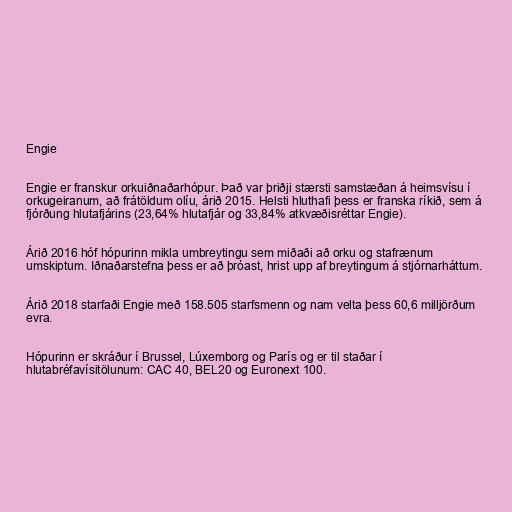
Engie

Engie er franskur orkuiðnaðarhópur. Það var þriðji stærsti samstæðan á heimsvísu í
orkugeiranum, að frátöldum olíu, árið 2015. Helsti hluthafi þess er franska ríkið, sem á
fjórðung hlutafjárins (23,64% hlutafjár og 33,84% atkvæðisréttar Engie).

Árið 2016 hóf hópurinn mikla umbreytingu sem miðaði að orku og stafrænum
umskiptum. Iðnaðarstefna þess er að þróast, hrist upp af breytingum á stjórnarháttum.

Árið 2018 starfaði Engie með 158.505 starfsmenn og nam velta þess 60,6 milljörðum
evra.

Hópurinn er skráður í Brussel, Lúxemborg og París og er til staðar í
hlutabréfavísitölunum: CAC 40, BEL20 og Euronext 100.